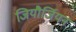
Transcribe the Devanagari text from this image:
जियौर्जियन